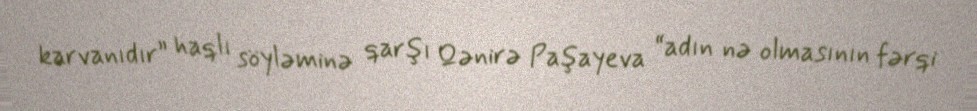
karvanıdır” haqlı söyləminə qarşı Qənirə Paşayeva “adın nə olmasının fərqi